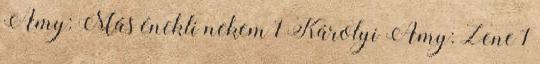
Amy: Más énekli nekem 1 Károlyi Amy: Zene 1